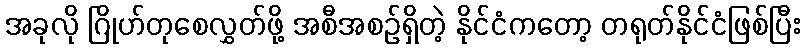
အခုလို ဂြိုဟ်တုစေလွှတ်ဖို့ အစီအစဉ်ရှိတဲ့ နိုင်ငံကတော့ တရုတ်နိုင်ငံဖြစ်ပြီး